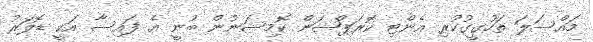
މައްސަލަ ތަހުގީގުކުރި އެންޓި ކޮރަޕްޝަން ކޮމިޝަނުން ބުނީ އެ ފައިސާ އަކީ ޑޮލަރު